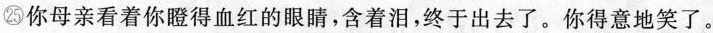
㉕你母亲看着你瞪得血红的眼睛,含着泪,终于出去了。你得意地笑了。